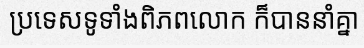
ប្រទេសទូទាំងពិភពលោក ក៏បាននាំគ្នា